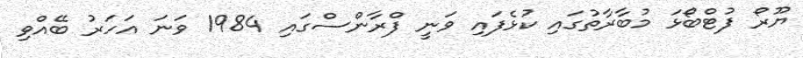
ޔޫރޯ ފުޓްބޯޅަ މުބާރާތުގައި ކުޅެފައި ވަނީ ފްރާންސްގައި 1984 ވަނަ އަހަރު ބޭއްވި